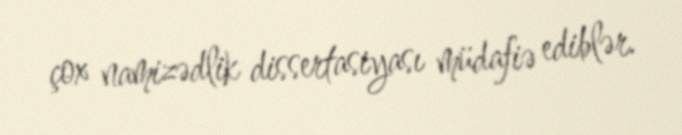
çox namizədlik dissertasiyası müdafiə ediblər.